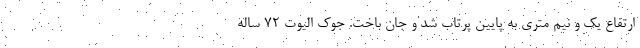
ارتفاع یک و نیم متری به پایین پرتاب شد و جان باخت. جوک الیوت ۷۲ ساله